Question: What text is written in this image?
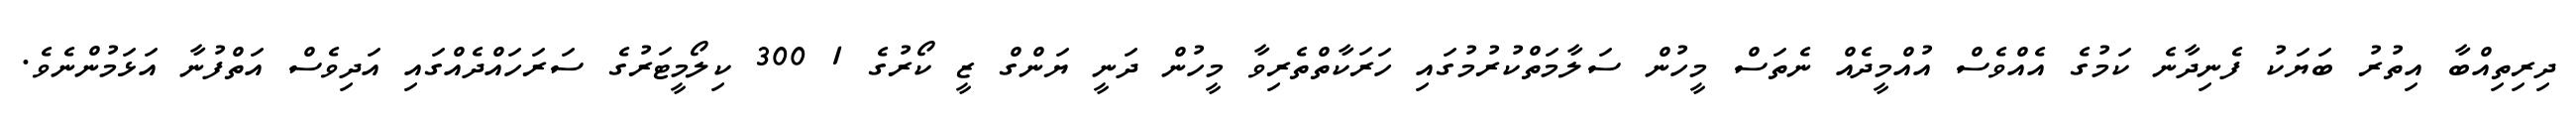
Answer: ދިރިތިއްބާ އިތުރު ބަޔަކު ފެނިދާނެ ކަމުގެ އެއްވެސް އުއްމީދެއް ނެތަސް މީހުން ސަލާމަތްކުރުމުގައި ހަރަކާތްތެރިވާ މީހުން ދަނީ ޔަންގް ޒީ ކޯރުގެ 1 300 ކިލޯމީޓަރުގެ ސަރަހައްދެއްގައި އަދިވެސް އަތްފުނާ އަޅަމުންނެވެ.